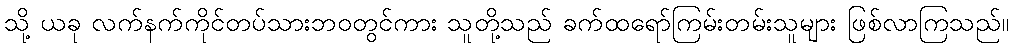
သို့ ယခု လက်နက်ကိုင်တပ်သားဘဝတွင်ကား သူတို့သည် ခက်ထရော်ကြမ်းတမ်းသူများ ဖြစ်လာကြသည်။